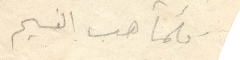
كلما هب النسيم